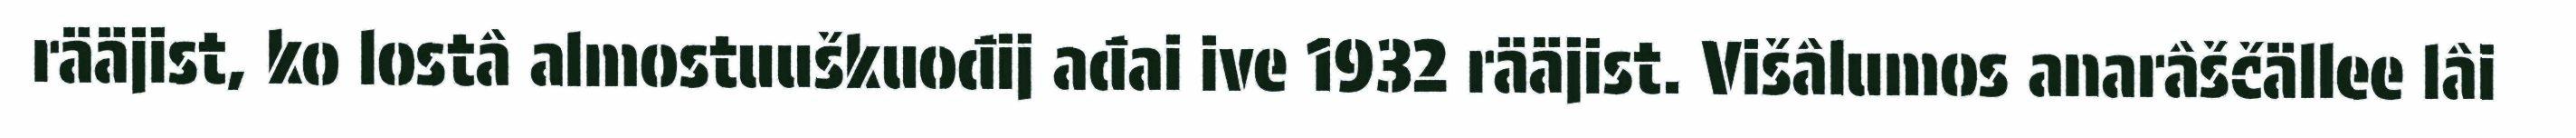
rääjist, ko lostâ almostuuškuođij ađai ive 1932 rääjist. Višâlumos anarâščällee lâi